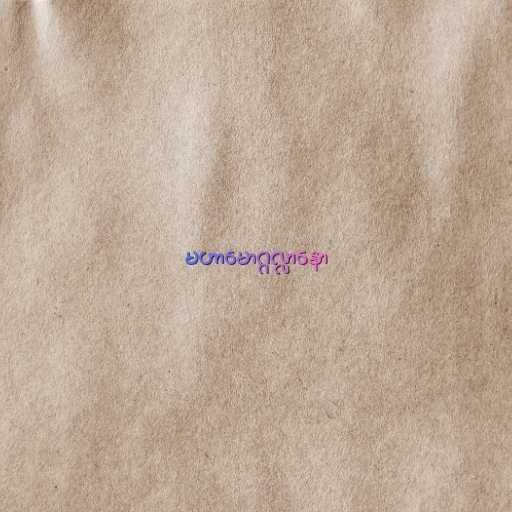
မဟာမောဂ္ဂလ္လာနော